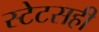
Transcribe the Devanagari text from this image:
स्टेटसही